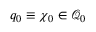
q _ { 0 } \equiv \boldsymbol { \chi } _ { 0 } \in \mathcal { Q } _ { 0 }